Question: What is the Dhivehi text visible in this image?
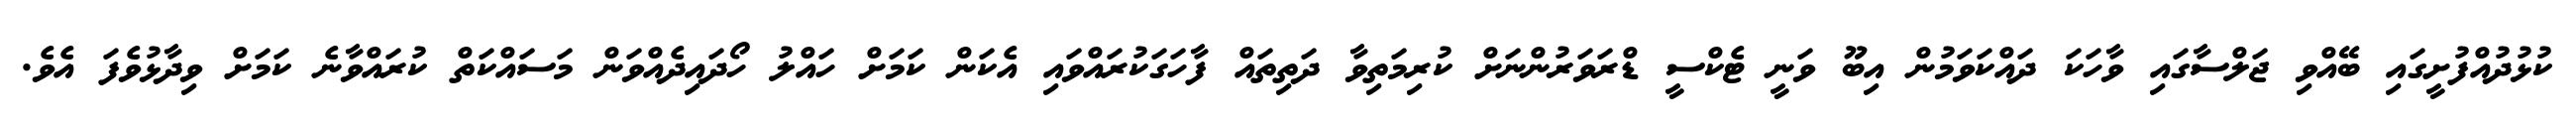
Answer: ކުޅުދުއްފުށީގައި ބޭއްވި ޖަލްސާގައި ވާހަކަ ދައްކަވަމުން އިބޫ ވަނީ ޓެކްސީ ޑްރަވަރުންނަށް ކުރިމަތިވާ ދަތިތައް ފާހަގަކުރައްވައި އެކަން ކަމަށް ހައްލު ހޯދައިދެއްވަން މަސައްކަތް ކުރައްވާނެ ކަމަށް ވިދާޅުވެފަ އެވެ.